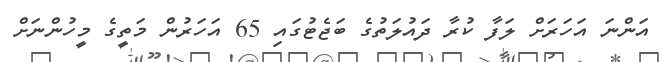
އަންނަ އަހަރަށް ލަފާ ކުރާ ދައުލަތުގެ ބަޖެޓުގައި 65 އަހަރުން މަތީގެ މީހުންނަށް